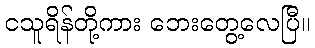
ငသူရိန်တို့ကား ဘေးတွေ့လေပြီ။